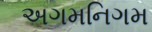
અગમનિગમ